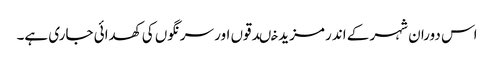
اس دوران شہر کے اندر مزید خںدقوں اور سرنگوں کی کھدائی جاری ہے۔